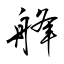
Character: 艂